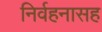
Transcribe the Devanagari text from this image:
निर्वहनासह